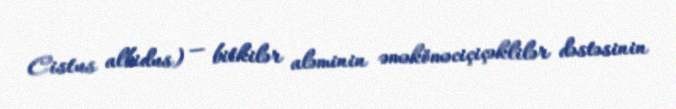
Cistus albidus) — bitkilər aləminin əməköməciçiçəklilər dəstəsinin